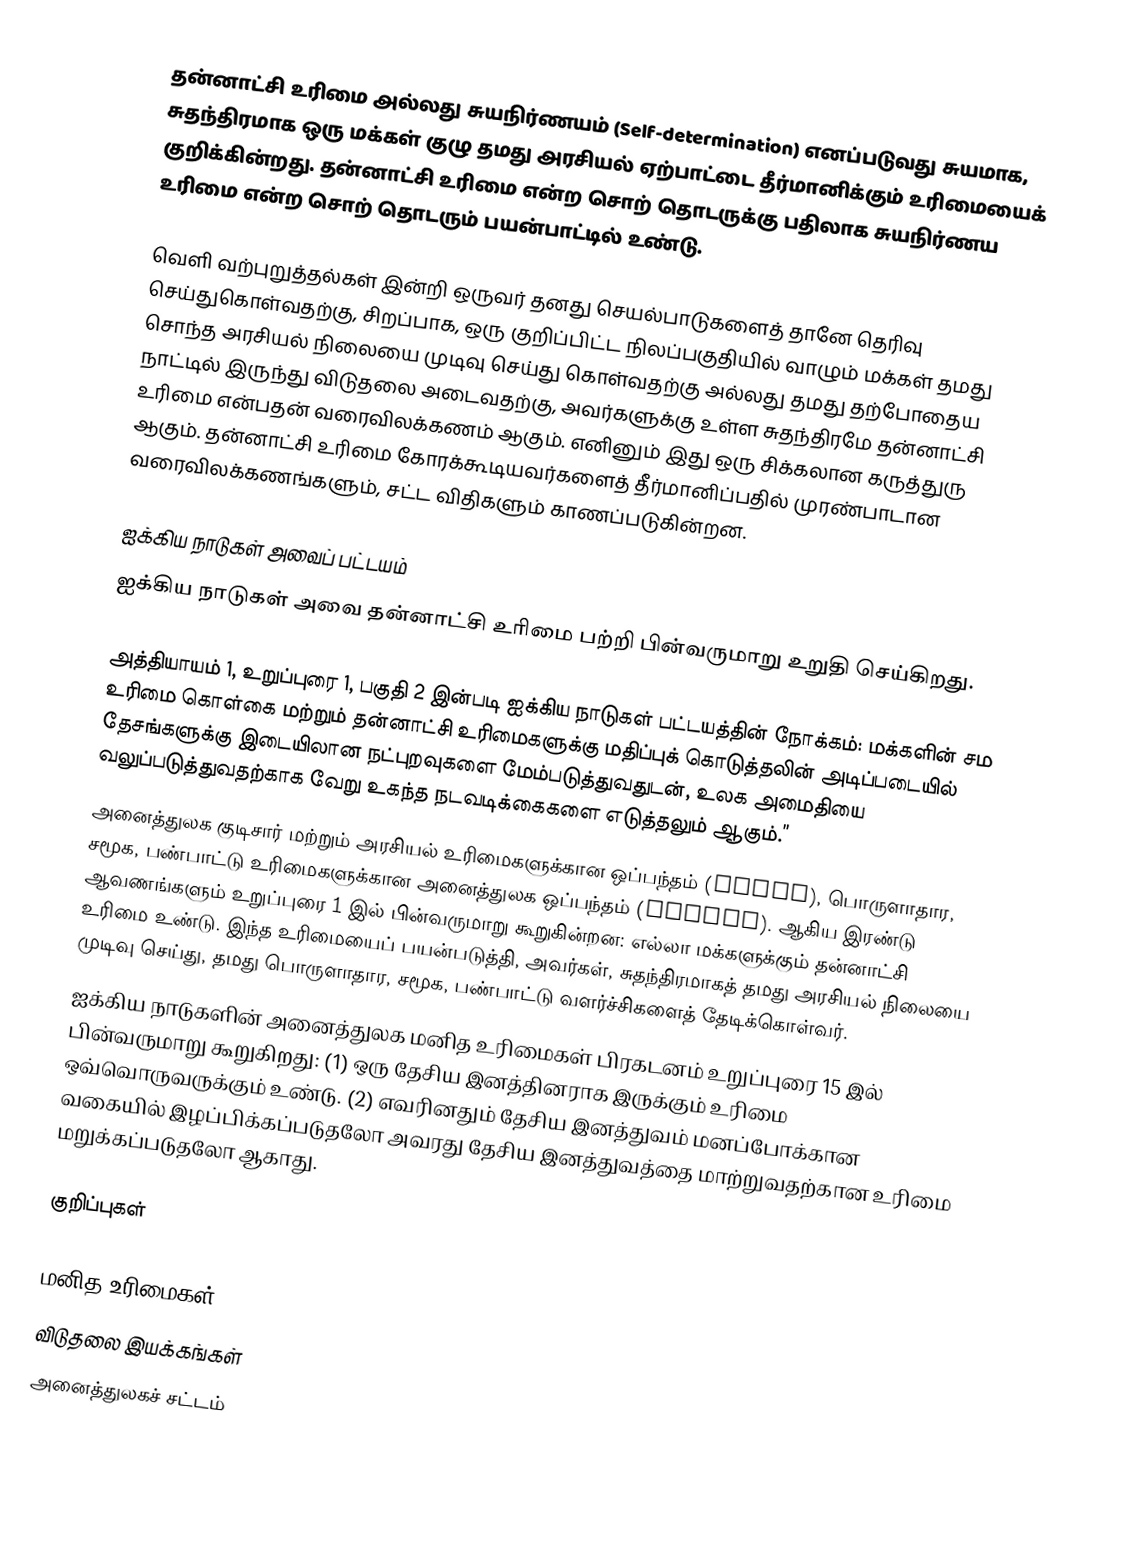
தன்னாட்சி உரிமை அல்லது சுயநிர்ணயம் (Self-determination) எனப்படுவது சுயமாக, சுதந்திரமாக ஒரு மக்கள் குழு தமது அரசியல் ஏற்பாட்டை தீர்மானிக்கும் உரிமையைக் குறிக்கின்றது. தன்னாட்சி உரிமை என்ற சொற் தொடருக்கு பதிலாக சுயநிர்ணய உரிமை என்ற சொற் தொடரும் பயன்பாட்டில் உண்டு.

வெளி வற்புறுத்தல்கள் இன்றி ஒருவர் தனது செயல்பாடுகளைத் தானே தெரிவு செய்துகொள்வதற்கு, சிறப்பாக, ஒரு குறிப்பிட்ட நிலப்பகுதியில் வாழும் மக்கள் தமது சொந்த அரசியல் நிலையை முடிவு செய்து கொள்வதற்கு அல்லது தமது தற்போதைய நாட்டில் இருந்து விடுதலை அடைவதற்கு, அவர்களுக்கு உள்ள சுதந்திரமே தன்னாட்சி உரிமை என்பதன் வரைவிலக்கணம் ஆகும். எனினும் இது ஒரு சிக்கலான கருத்துரு ஆகும். தன்னாட்சி உரிமை கோரக்கூடியவர்களைத் தீர்மானிப்பதில் முரண்பாடான வரைவிலக்கணங்களும், சட்ட விதிகளும் காணப்படுகின்றன.

ஐக்கிய நாடுகள் அவைப் பட்டயம்
ஐக்கிய நாடுகள் அவை தன்னாட்சி உரிமை பற்றி பின்வருமாறு உறுதி செய்கிறது.

 அத்தியாயம் 1, உறுப்புரை 1, பகுதி 2 இன்படி ஐக்கிய நாடுகள் பட்டயத்தின் நோக்கம்: மக்களின் சம உரிமை கொள்கை மற்றும் தன்னாட்சி உரிமைகளுக்கு மதிப்புக் கொடுத்தலின் அடிப்படையில் தேசங்களுக்கு இடையிலான நட்புறவுகளை மேம்படுத்துவதுடன், உலக அமைதியை வலுப்படுத்துவதற்காக வேறு உகந்த நடவடிக்கைகளை எடுத்தலும் ஆகும்.”
 அனைத்துலக குடிசார் மற்றும் அரசியல் உரிமைகளுக்கான ஒப்பந்தம் (ICCPR), பொருளாதார, சமூக, பண்பாட்டு உரிமைகளுக்கான அனைத்துலக ஒப்பந்தம் (ICESCR). ஆகிய இரண்டு ஆவணங்களும் உறுப்புரை 1 இல் பின்வருமாறு கூறுகின்றன: எல்லா மக்களுக்கும் தன்னாட்சி உரிமை உண்டு. இந்த உரிமையைப் பயன்படுத்தி, அவர்கள், சுதந்திரமாகத் தமது அரசியல் நிலையை முடிவு செய்து, தமது பொருளாதார, சமூக, பண்பாட்டு வளர்ச்சிகளைத் தேடிக்கொள்வர்.
 ஐக்கிய நாடுகளின் அனைத்துலக மனித உரிமைகள் பிரகடனம் உறுப்புரை 15 இல் பின்வருமாறு கூறுகிறது: (1) ஒரு தேசிய இனத்தினராக இருக்கும் உரிமை ஒவ்வொருவருக்கும் உண்டு. (2) எவரினதும் தேசிய இனத்துவம் மனப்போக்கான வகையில் இழப்பிக்கப்படுதலோ அவரது தேசிய இனத்துவத்தை மாற்றுவதற்கான உரிமை மறுக்கப்படுதலோ ஆகாது.

குறிப்புகள்

மனித உரிமைகள்
விடுதலை இயக்கங்கள்
அனைத்துலகச் சட்டம்